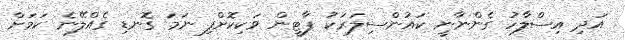
އަދި އިސްލާހު ގެންނާނީ ކައުންސިލަރަކު ޕާޓީން ވަކިކޮށްފި ނަމަ ގޮނޑި ގެއްލޭނެ ކަމަށް